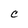
Character: C